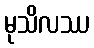
မုသိလဿ